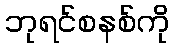
ဘုရင်စနစ်ကို